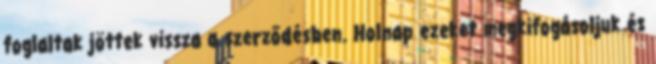
foglaltak jöttek vissza a szerződésben. Holnap ezeket megkifogásoljuk és